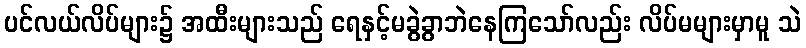
ပင်လယ်လိပ်များ၌ အထီးများသည် ရေနှင့်မခွဲခွာဘဲနေကြသော်လည်း လိပ်မများမှာမူ သဲ